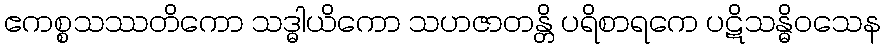
ဧကစ္စသဿတိကော သဒ္ဓါယိကော သဟဇာတန္တိ ပရိစာရကေ ပဋိသန္ဓိဝသေန